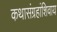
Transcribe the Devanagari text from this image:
कथासंग्रहांशिवाय